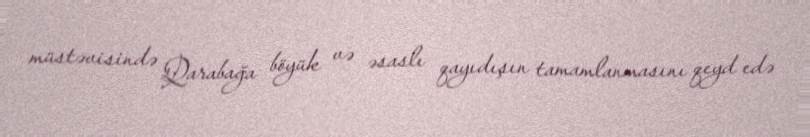
müstəvisində Qarabağa böyük və əsaslı qayıdışın tamamlanmasını qeyd edə